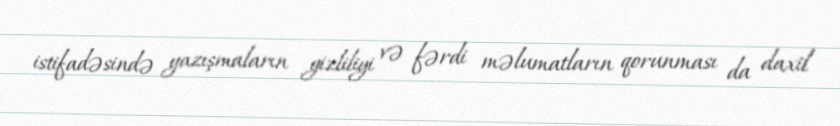
istifadəsində yazışmaların gizliliyi və fərdi məlumatların qorunması da daxil